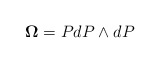
\begin{align*} {\bf\Omega}=PdP\wedge dP\end{align*}